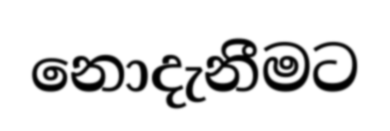
නොදැනීමට